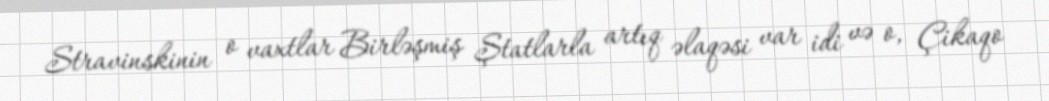
Stravinskinin o vaxtlar Birləşmiş Ştatlarla artıq əlaqəsi var idi və o, Çikaqo